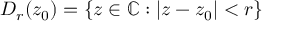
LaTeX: D _ { r } ( z _ { 0 } ) = \{ z \in \mathbb { C } : | z - z _ { 0 } | < r \}